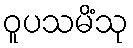
ဝူပသမိံသု